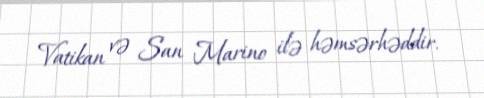
Vatikan və San Marino ilə həmsərhəddir.